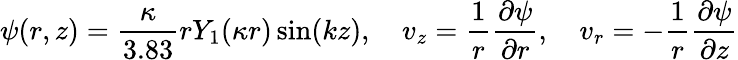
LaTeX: \psi(r,z)=\frac{\kappa}{3.83}rY_{1}(\kappa r)\sin(kz),\quad v_{z}=\frac{1}{r}\frac{\partial\psi}{\partial r},\quad v_{r}=-\frac{1}{r}\frac{\partial\psi}{\partial z}